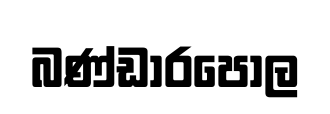
බණ්ඩාරපොල